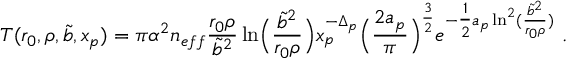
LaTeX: T ( r _ { 0 } , \rho , \tilde { b } , x _ { p } ) = \pi \alpha ^ { 2 } n _ { e f f } { \frac { r _ { 0 } \rho } { \tilde { b } ^ { 2 } } } \ln \Bigl ( { \frac { \tilde { b } ^ { 2 } } { r _ { 0 } \rho } } \Bigr ) x _ { p } ^ { - \Delta _ { p } } \Bigl ( { \frac { 2 a _ { p } } { \pi } } \Bigr ) ^ { \frac { 3 } { 2 } } e ^ { - { \textstyle { \frac { 1 } { 2 } } } a _ { p } \ln ^ { 2 } ( { \frac { \tilde { b } ^ { 2 } } { r _ { 0 } \rho } } ) } \, \, .